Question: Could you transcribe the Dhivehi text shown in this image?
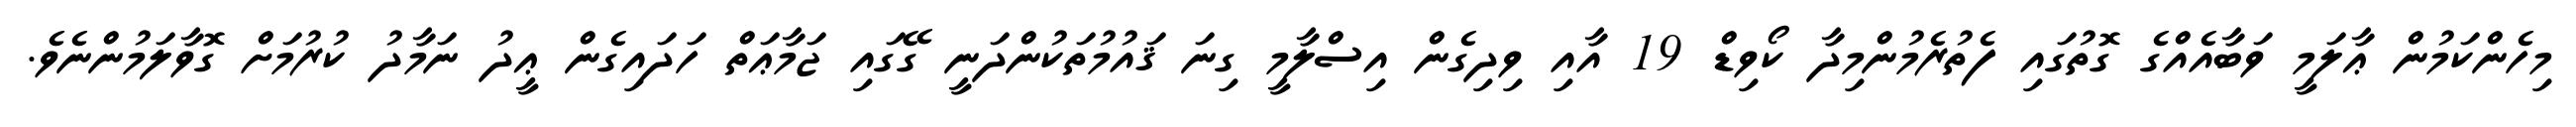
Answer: މިހެންކަމުން ޢާލަމީ ވަބާއެއްގެ ގޮތުގައި ފެތުރެމުންމިދާ ކޯވިޑް 19 އާއި ވިދިގެން އިސްލާމީ ގިނަ ޤައުމުތަކުންދަނީ ގޭގައި ޖަމާޢަތް ހަދައިގެން ޢީދު ނަމާދު ކުރުމަށް ގޮވާލަމުންނެވެ.